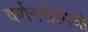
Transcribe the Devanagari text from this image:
वर्णनशैलीची